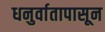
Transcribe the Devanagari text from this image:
धनुर्वातापासून